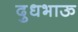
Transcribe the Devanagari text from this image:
दुधभाऊ